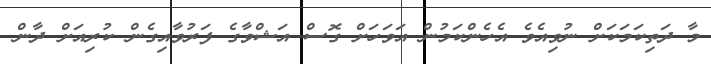
މާ ދަތިކަމަކަށް ނުވިއެވެ އެހެންކަމުން އަވަހަށް ގޮސް އަޝްވާގެ ފަރުވާއިގެން ކުރިއަށް ދާން